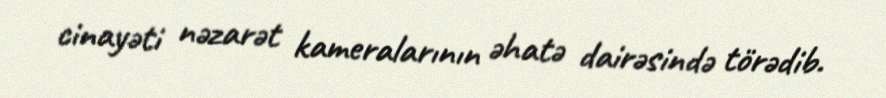
cinayəti nəzarət kameralarının əhatə dairəsində törədib.